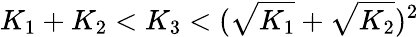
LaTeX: K_{1}+K_{2}<K_{3}<(\sqrt{K_{1}}+\sqrt{K_{2}})^{2}